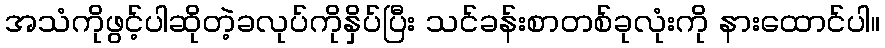
အသံကိုဖွင့်ပါဆိုတဲ့ခလုပ်ကိုနှိပ်ပြီး သင်ခန်းစာတစ်ခုလုံးကို နားထောင်ပါ။